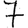
Digit: 7